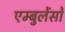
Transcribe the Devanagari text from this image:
एम्बुलेंसों